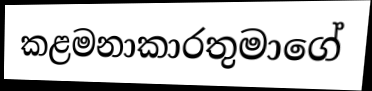
කළමනාකාරතුමාගේ